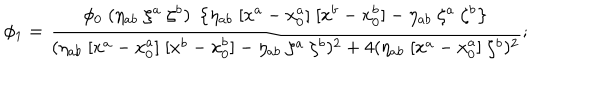
LaTeX: \phi _ { 1 } = { \frac { \phi _ { 0 } \; ( \eta _ { a b } \; \zeta ^ { a } \; \zeta ^ { b } ) \; \left\{ \eta _ { a b } \; [ x ^ { a } - x _ { 0 } ^ { a } ] \; [ x ^ { b } - x _ { 0 } ^ { b } ] - \eta _ { a b } \; \zeta ^ { a } \; \zeta ^ { b } \right\} } { ( \eta _ { a b } \; [ x ^ { a } - x _ { 0 } ^ { a } ] \; [ x ^ { b } - x _ { 0 } ^ { b } ] - \eta _ { a b } \; \zeta ^ { a } \; \zeta ^ { b } ) ^ { 2 } + 4 ( \eta _ { a b } \; [ x ^ { a } - x _ { 0 } ^ { a } ] \; \zeta ^ { b } ) ^ { 2 } } } ;